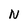
Character: N